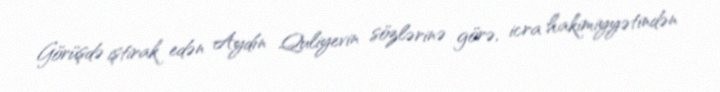
Görüşdə iştirak edən Aydın Quliyevin sözlərinə görə, icra hakimiyyətindən